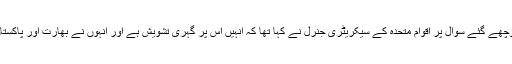
بھارت کے زیر انتظام جموں و کشمیر کی صورتحال کے بارے میں پوچھے گئے سوال پر اقوام متحدہ کے سیکریٹری جنرل نے کہا تھا کہ انہیں اس پر گہری تشویش ہے اور انہوں نے بھارت اور پاکستان سے مطالبہ کیا کہ عسکری اور کلامی طور پر کشیدگی کو کم کریں۔